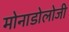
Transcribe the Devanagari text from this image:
मोनाडोलोजी